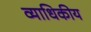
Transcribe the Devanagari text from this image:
व्याधिकीय